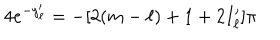
LaTeX: 4 e ^ { - y _ { \ell } ^ { \prime } } = - [ 2 ( m - \ell ) + 1 + 2 I _ { \ell } ^ { \prime } ] \pi